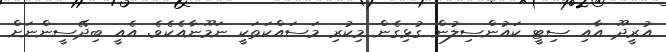
އުރީދޫ އާއި ސިޓީ ކައުންސިލުން ގުޅިގެން މިކުރި މަސައްކަތަކީ ނަމޫނާއެކެވެ. އެއީ ބިދޭސީންނަށް